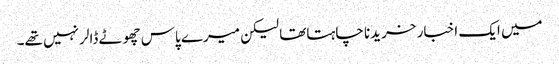
میں ایک اخبار خریدنا چاہتاتھا لیکن میرے پاس چھوٹے ڈالر نہیں تھے۔